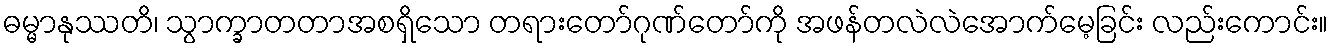
ဓမ္မာနုဿတိ၊ သွာက္ခာတတာအစရှိသော တရားတော်ဂုဏ်တော်ကို အဖန်တလဲလဲအောက်မေ့ခြင်း လည်းကောင်း။